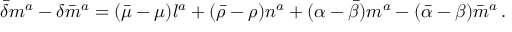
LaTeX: { \bar { \delta } } m ^ { a } - \delta { \bar { m } } ^ { a } = ( { \bar { \mu } } - \mu ) l ^ { a } + ( { \bar { \rho } } - \rho ) n ^ { a } + ( \alpha - { \bar { \beta } } ) m ^ { a } - ( { \bar { \alpha } } - \beta ) { \bar { m } } ^ { a } \, .